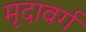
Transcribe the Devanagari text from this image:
मृदावर्ग